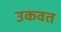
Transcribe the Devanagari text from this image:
उकवत